NAE_kihelkonnakohtute_kirjad_ja_protokollid_1869-1889, lk 5
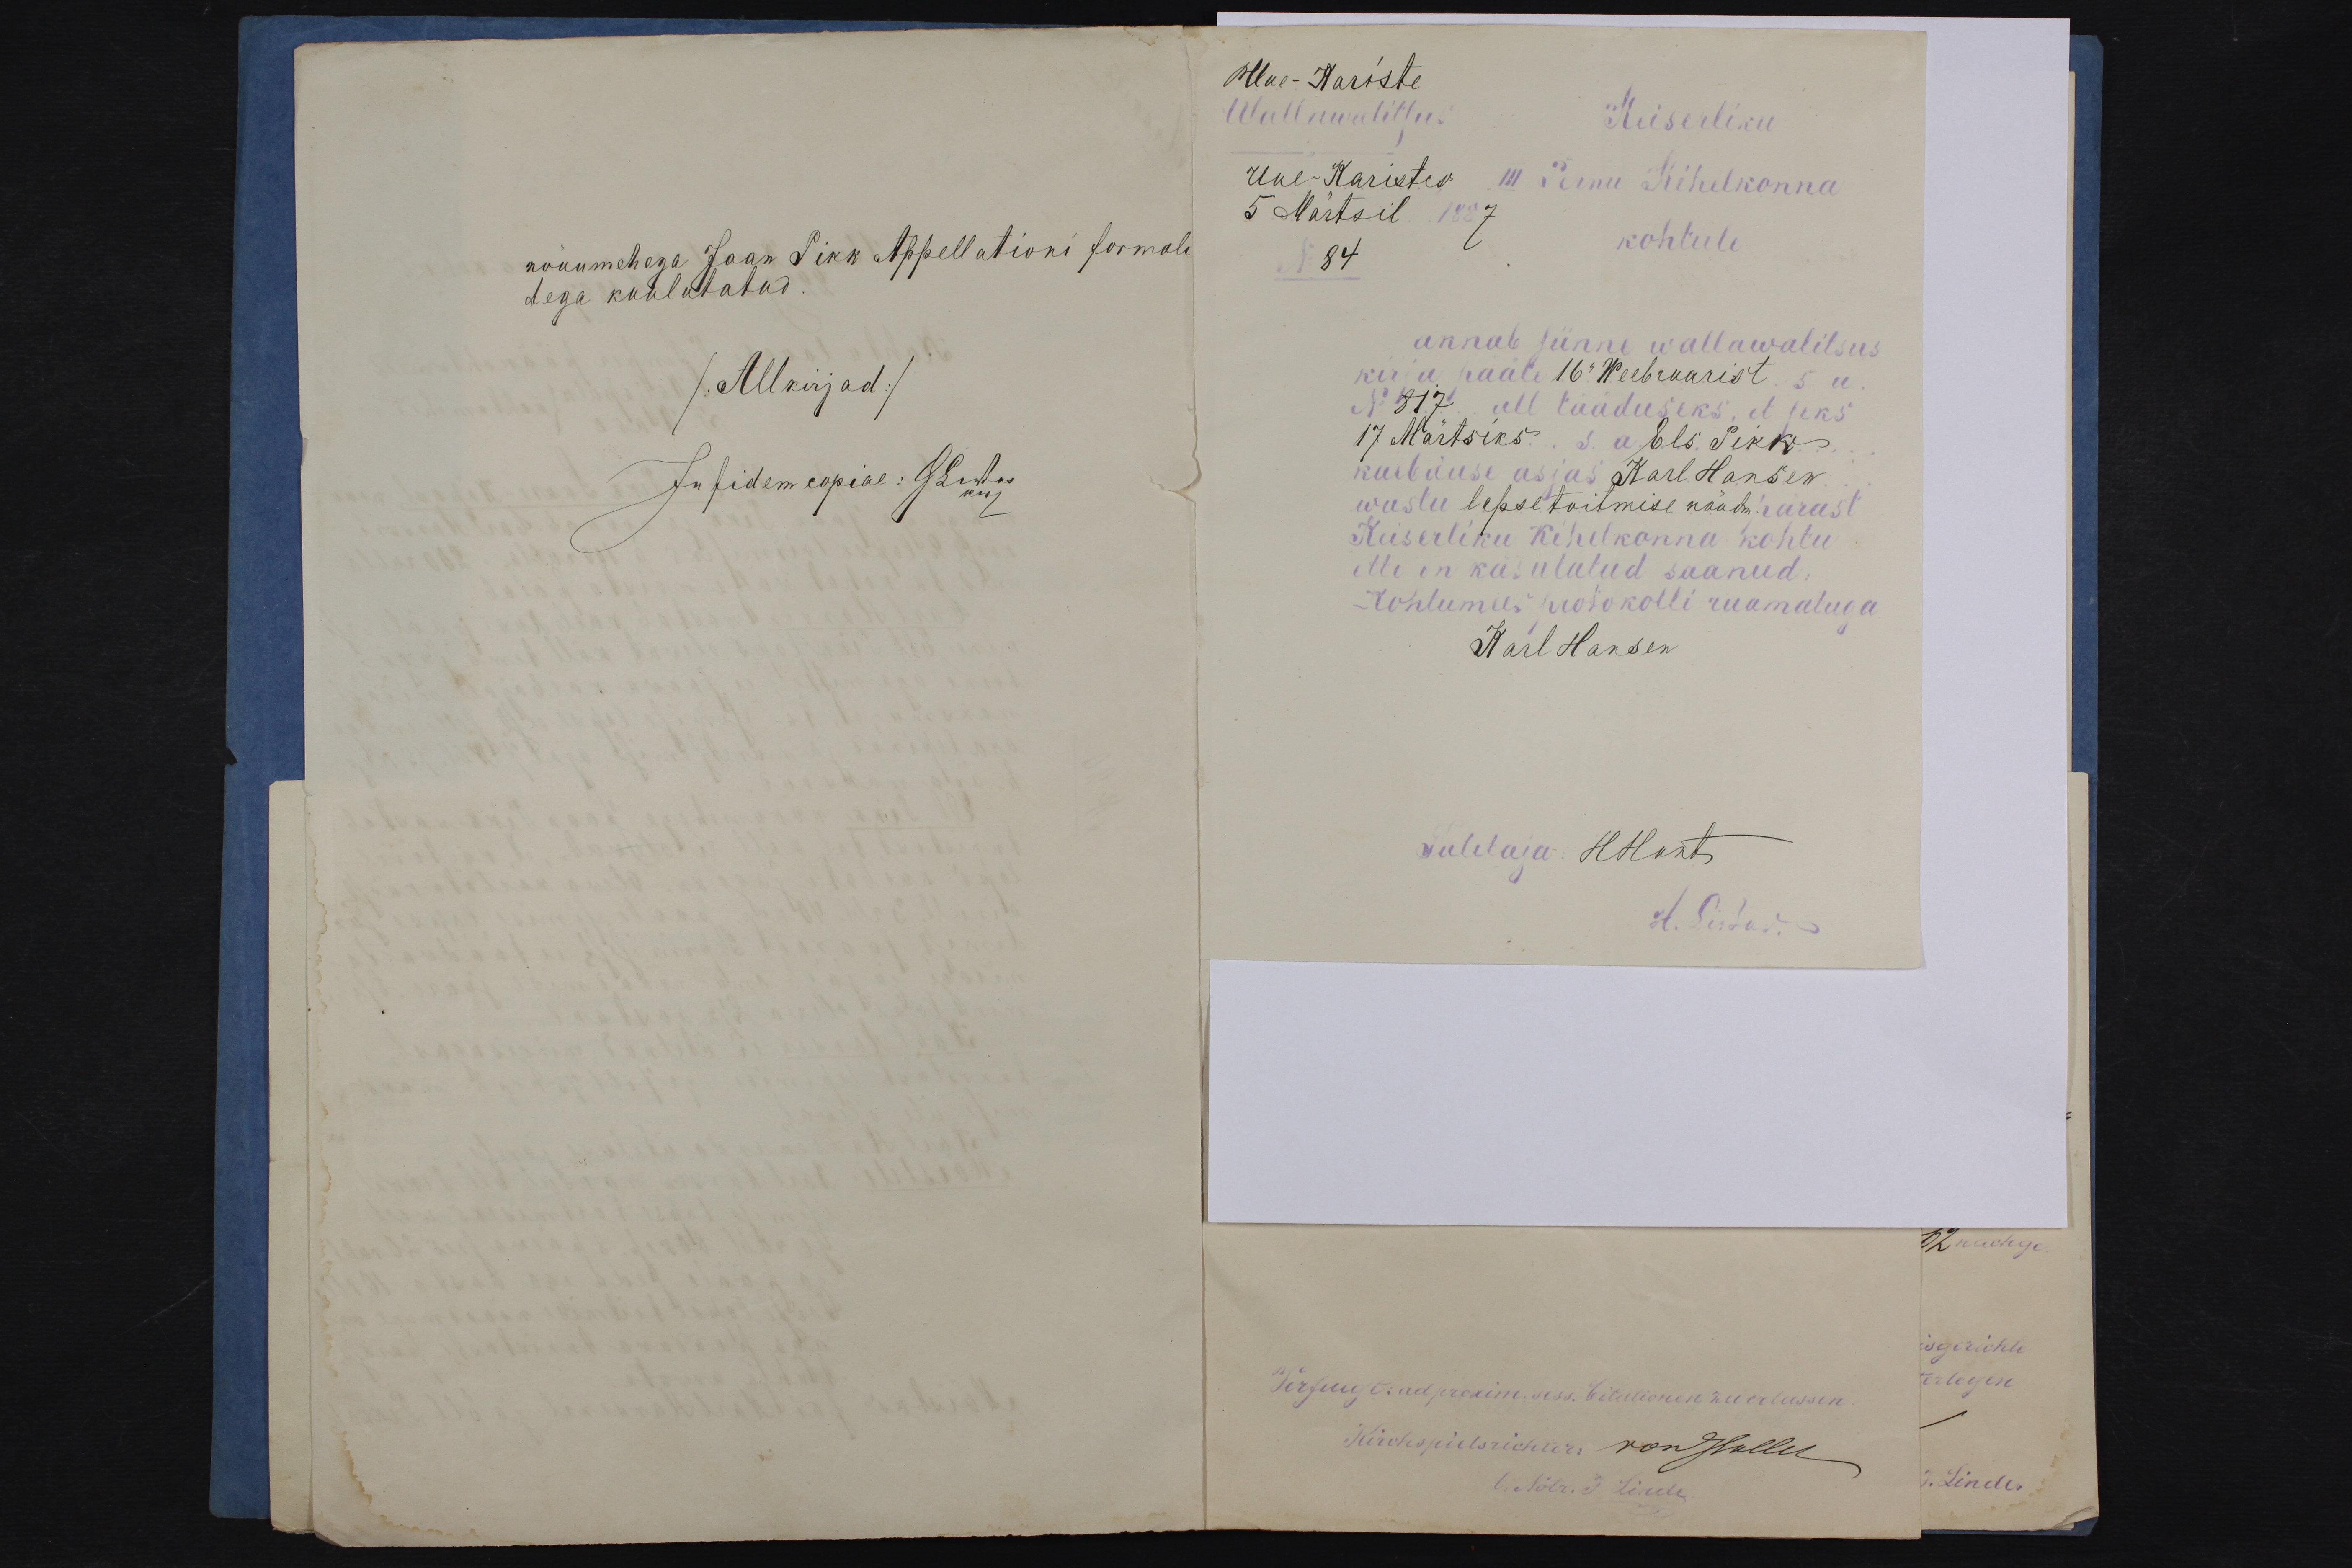
nõuumehega Jaan Pikk Appellationi formali
dega kuulutatud
/Allkirjad/

Uue-Kariste
Wallawalitsus
Keiserliku
Uue-Kariste III Pernu Kihelkonna
5 Martsil 1887
kohtule
annab siinne wallawalitsus
kirju pääle 16 Weebruarist s.a.
No: 817 all tääduseks, et seks
17 Märtsiks.. s.a. Els Pikk ...
kaibuse asjas Karl Hansen
wastu lapsetoitmise nõudm. pärast
Keiserliku Kihelkonna kohtu
ette on käsutud saanud
kohtumees protokolli raamatuga
Karl Hansen